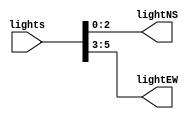
`timescale 1ns / 1ps

module lightstoleds(
    input [5:0] lights,
    output [2:0] lightNS,
    output [2:0] lightEW
    );
    
    assign lightNS = lights[2:0];
    assign lightEW = lights[5:3];

endmodule